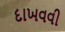
દાખવવી